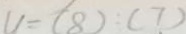
v = ( 8 ) : ( 7 )